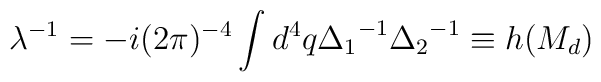
\lambda^{-1} = -i (2\pi)^{-4} \int d^4q {\Delta_1}^{-1} {\Delta_2}^{-1}\equiv h(M_d)